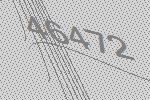
46472